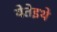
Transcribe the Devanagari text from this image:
येतेइथे